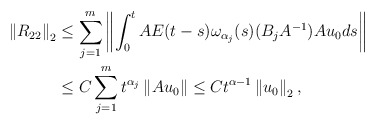
\begin{align*} \left\| R_{22} \right\|_2 & \leq \sum\limits_{j=1}^{m} \left\| \int_0^t AE(t-s)\omega_{\alpha_j}(s) (B_jA^{-1}) Au_0 ds \right\| \\ & \leq C \sum\limits_{j=1}^{m} t^{\alpha_j} \left\| Au_0\right\| \leq C t^{\alpha-1}\left\| u_0\right\|_2, \end{align*}